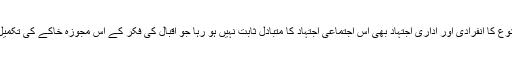
مگر اس نوع کا انفرادی اور اداری اجتہاد بھی اس اجتماعی اجتہاد کا متبادل ثابت نہیں ہو رہا جو اقبال کی فکر کے اس مجوزہ خاکے کی تکمیل کرتا ہو۔